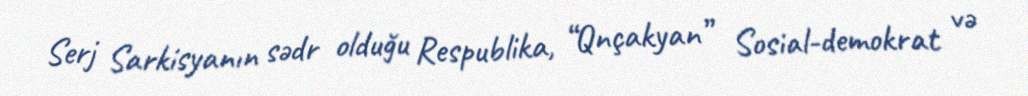
Serj Sarkisyanın sədr olduğu Respublika, “Qnçakyan” Sosial-demokrat və